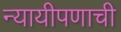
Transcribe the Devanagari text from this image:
न्यायीपणाची